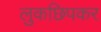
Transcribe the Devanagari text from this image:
लुकछिपकर